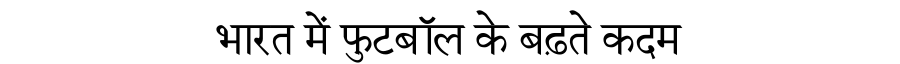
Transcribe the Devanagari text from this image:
भारत में फुटबॉल के बढ़ते कदम